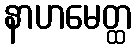
နာဟမေတ္ထ